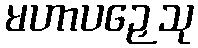
မဟာပဉှေသု